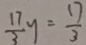
\frac { 1 7 } { 3 } y = \frac { 1 7 } { 3 }